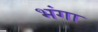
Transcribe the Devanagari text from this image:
भंगा